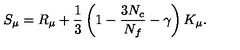
S _ { \mu } = R _ { \mu } + \frac { 1 } { 3 } \left( 1 - \frac { 3 N _ { c } } { N _ { f } } - \gamma \right) K _ { \mu } .